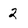
Character: 2